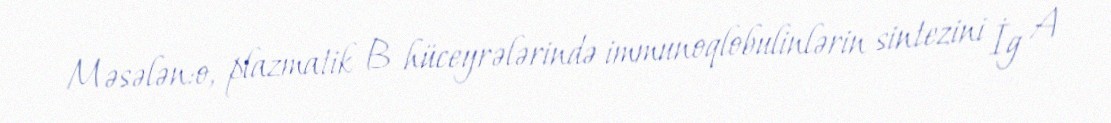
Məsələn:o, plazmatik B hüceyrələrində immunoqlobulinlərin sintezini İg A